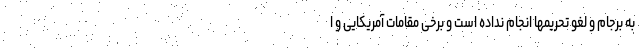
به برجام و لغو تحریمها انجام نداده است و برخی مقامات آمریکایی و ا